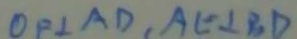
O P \bot A D , A E \bot B D